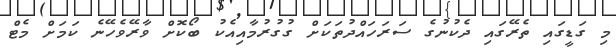
މި ގަޑީގައި ތެރޭގައި ދެކުނުގެ ސަރަހައްދުތަކަށް ގުގުރުމާއިއެކު ބޯކޮށް ވާރޭވެހޭނެ ކަމަށް މެޓް